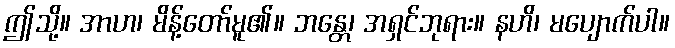
ဤသို့။ အာဟ၊ မိန့်တော်မူ၏။ ဘန္တေ၊ အရှင်ဘုရား။ နဟိ၊ မပျောက်ပါ။